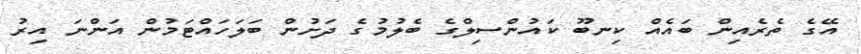
އޭގެ ތެރެއިން ބައެއް ކިނބޫ ކައުންސިލްގެ ބެލުމުގެ ދަށުން ބަލަަހައްޓަމުން އަންނަ އިރު